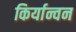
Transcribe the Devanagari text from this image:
किर्यान्वन